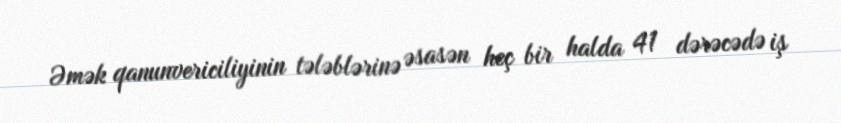
Əmək qanunvericiliyinin tələblərinə əsasən heç bir halda 41 dərəcədə iş